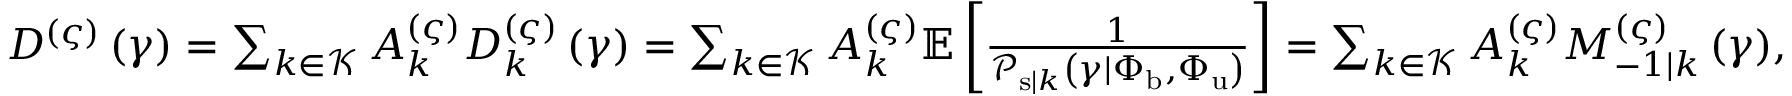
\begin{array} { r } { D ^ { \left( \varsigma \right) } \left( \gamma \right) = \sum _ { k \in \mathcal { K } } { A _ { k } ^ { \left( \varsigma \right) } D _ { k } ^ { \left( \varsigma \right) } \left( \gamma \right) } = \sum _ { k \in \mathcal { K } } { A _ { k } ^ { \left( \varsigma \right) } \mathbb { E } \left[ \frac { 1 } { \mathcal { P } _ { \mathrm { s } | k } \left( \gamma | \Phi _ { \mathrm { b } } , \Phi _ { \mathrm { u } } \right) } \right] } = \sum _ { k \in \mathcal { K } } { A _ { k } ^ { \left( \varsigma \right) } M _ { - 1 | k } ^ { \left( \varsigma \right) } \left( \gamma \right) } , } \end{array}